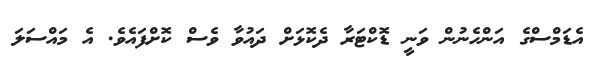
އެޑަމްސްގެ އަންހެނުން ވަނީ ޑޮކްޓަރާ ދެކޮޅަށް ދައުވާ ވެސް ކޮށްފައެވެ. އެ މައްސަލަ